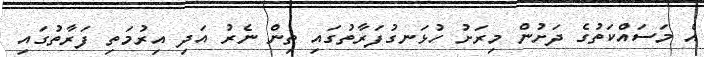
އެ މަސައްކަތުގެ ދަށުން މިރަށު ހުޅަނގުފަރާތުގައި ތިން ނެރު އަދި އިރުމަތި ފަރާތުގައި